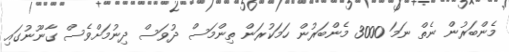
މެންބަރުން ނެތް ނަމަ 3000 މެންބަރުން ހަމަކުރަން ތިންމަސް ދުވަސް ދިނުމަށްވެސް ގާނޫނުގައި